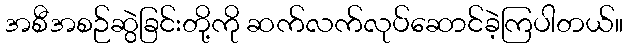
အစီအစဉ်ဆွဲခြင်းတို့ကို ဆက်လက်လုပ်ဆောင်ခဲ့ကြပါတယ်။